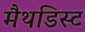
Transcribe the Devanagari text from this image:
मैथडिस्ट